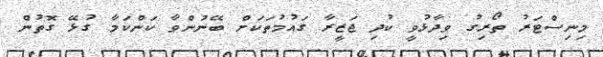
މިނިސްޓަރު ތޯރިގު ވިދާޅުވީ ކުދި ޖަޒީރާ ގައުމުތަކަށް ބޭނުންވާ ކަންކަމާ ގުޅޭ ގޮތުން